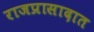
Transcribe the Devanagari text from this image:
राजप्रासादात